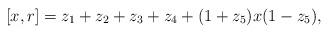
LaTeX: \begin{align*}[x,r]=z_1+z_2+z_3+z_4+(1+z_5)x(1-z_5),\end{align*}